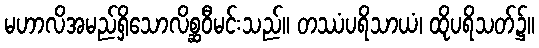
မဟာလိအမည်ရှိသောလိစ္ဆဝီမင်းသည်။ တဿံပရိသာယံ၊ ထိုပရိသတ်၌။